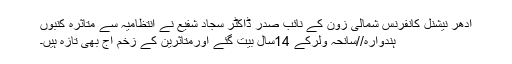
ادھر نیشنل کانفرنس شمالی زون کے نائب صدر ڈاکٹر سجاد شفیع نے انتظامیہ سے متاثرہ کنبوں
ہندوارہ//سانحہ ولرکے 14سال بیت گئے اورمتاثرین کے زخم آج بھی تازہ ہیں۔